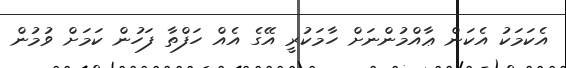
އެކަމަކު އެކަން ޢާއްމުންނަށް ހާމަކުރީ އޭގެ އެއް ހަފްތާ ފަހުން ކަމަށް ވުމުން